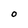
Character: O